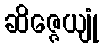
ဆိဇ္ဇေယျုံ